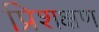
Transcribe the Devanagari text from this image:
प्रिशक्षण